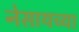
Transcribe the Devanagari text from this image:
नेसायच्या